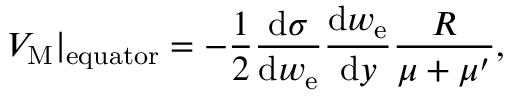
V _ { \mathrm { M } } \vert _ { \mathrm { e q u a t o r } } = - \frac { 1 } { 2 } \frac { \mathrm { d } \sigma } { \mathrm { d } w _ { \mathrm { e } } } \frac { \mathrm { d } w _ { \mathrm { e } } } { \mathrm { d } y } \frac { R } { \mu + \mu ^ { \prime } } ,